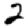
Digit: 2